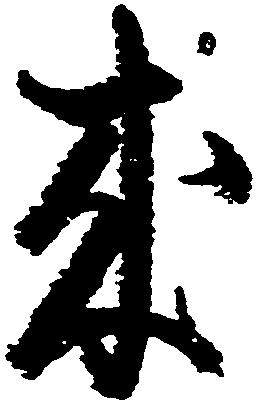
来